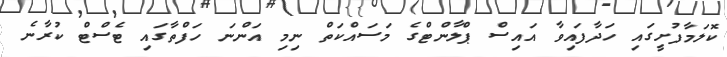
ކޮލަމާފުށީގައި ހަދާފައިވާ އައިސް ޕްލާންޓްގެ މަަސައްކަތް ނިމި އަންނަ ހަފްތާގައި ޓެސްޓް ކުރާނެ